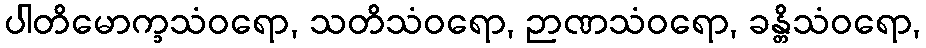
ပါတိမောက္ခသံဝရော, သတိသံဝရော, ဉာဏသံဝရော, ခန္တိသံဝရော,